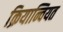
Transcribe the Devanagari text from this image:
क्रियान्वियत